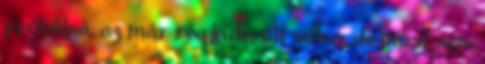
próbálná, az már rég kiderült volna, de most nem